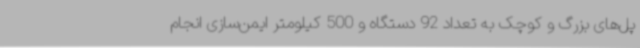
پل‌های بزرگ و کوچک به تعداد 92 دستگاه و 500 کیلومتر ایمن‌سازی انجام